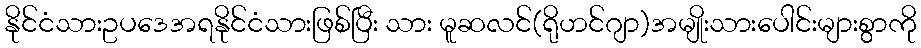
နိုင်ငံသားဥပဒေအရနိုင်ငံသားဖြစ်ပြီး သား မူဆလင်(ရိုဟင်ဂျာ)အမျိုးသားပေါင်းများစွာကို